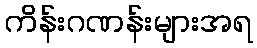
ကိန်းဂဏန်းများအရ